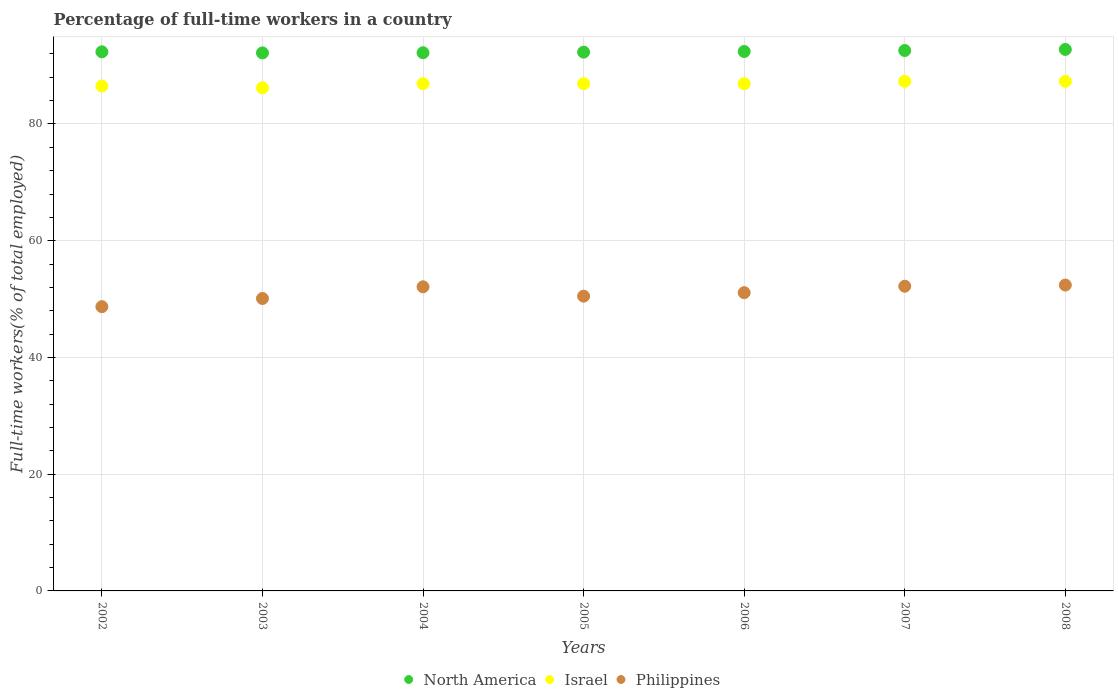
| Years | North America | Israel | Philippines |
 | --- | --- | --- | --- |
 | 2002 | 92.4 | 86.5 | 48.7 |
 | 2003 | 92.2 | 86.2 | 50.1 |
 | 2004 | 92.2 | 86.9 | 52.1 |
 | 2005 | 92.3 | 86.9 | 50.5 |
 | 2006 | 92.4 | 86.9 | 51.1 |
 | 2007 | 92.6 | 87.3 | 52.2 |
 | 2008 | 92.8 | 87.3 | 52.4 |